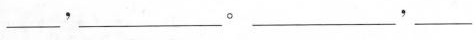
___，___。___，___。___，